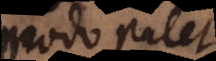
modo patet